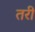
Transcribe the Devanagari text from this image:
तरी